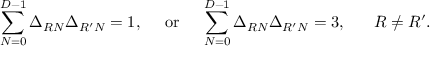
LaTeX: \sum _ { N = 0 } ^ { D - 1 } \Delta _ { R N } \Delta _ { R ^ { \prime } N } = 1 , ~ ~ ~ ~ \mathrm { o r } ~ ~ ~ ~ \sum _ { N = 0 } ^ { D - 1 } \Delta _ { R N } \Delta _ { R ^ { \prime } N } = 3 , ~ ~ ~ ~ ~ R \not = R ^ { \prime } .